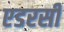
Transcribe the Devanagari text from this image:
एडरसी